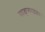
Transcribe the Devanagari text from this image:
वाङ्‌मयावर